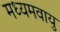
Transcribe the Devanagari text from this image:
मध्यमवायु